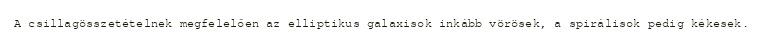
A csillagösszetételnek megfelelően az elliptikus galaxisok inkább vörösek, a spirálisok pedig kékesek.